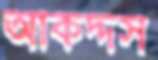
আকদ্দস